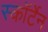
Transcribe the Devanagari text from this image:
स्कॉर्टेन